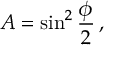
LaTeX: A = \sin ^ { 2 } { \frac { \phi } { 2 } } \, ,